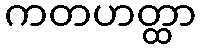
ကတဟတ္ထာ